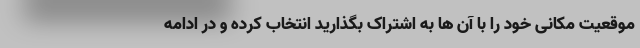
موقعیت مکانی خود را با آن ها به اشتراک بگذارید انتخاب کرده و در ادامه